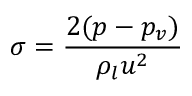
\sigma = \frac { 2 ( p - p _ { v } ) } { \rho _ { l } u ^ { 2 } }